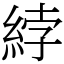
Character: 綍